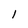
Character: l